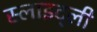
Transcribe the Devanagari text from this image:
स्लाइट्ली